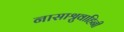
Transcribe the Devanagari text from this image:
नासाश्रुवाहिनी